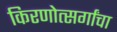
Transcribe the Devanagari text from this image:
किरणोत्सर्गांचा